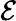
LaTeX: \cal{\mathcal{E}}